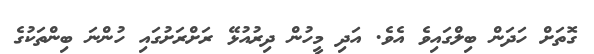
ގޮތަށް ހަދަން ބިލްގައިވެ އެވެ. އަދި މީހުން ދިރުއުޅޭ ރަށްރަށުގައި ހުންނަ ބިންތަކުގެ